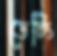
ডেটিং